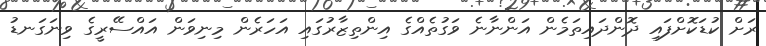
ރަށް ކުޑަކޮށްފައި ދޮންދައިތަމެން އަންނާނެ ވަގުތެއްގެ އިންތިޒާރުގައި އަހަރެން މިނިވަން އައްސޭރީގެ ވިނަގަނޑު